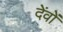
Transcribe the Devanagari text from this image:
देंवों